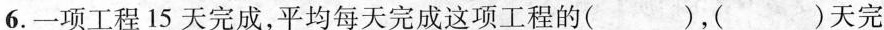
6.一项工程15天完成，平均每天完成这项工程的( )，( )天完